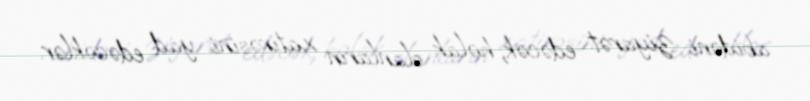
abidəni ziyarət edəcək, həlak olanların xatirəsini yad edəcəklər.